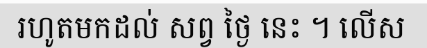
រហូតមកដល់ សព្វ ថ្ងៃ នេះ ។ លើស